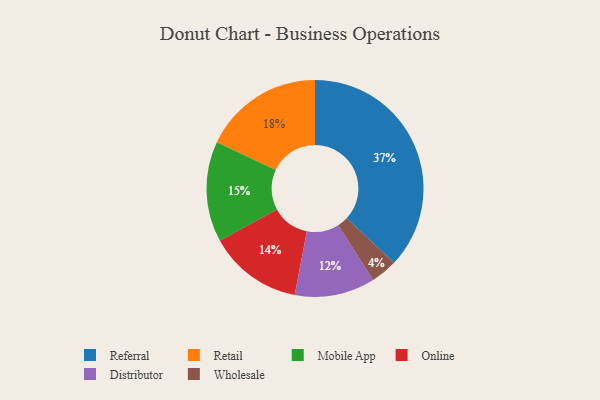
{"axis": {"x": "Category", "y": "Percentage"}, "legend": ["Distributor", "Mobile App", "Online", "Referral", "Retail", "Wholesale"], "data": [{"x": "Wholesale", "y": 4, "type": "Wholesale"}, {"x": "Retail", "y": 18, "type": "Retail"}, {"x": "Mobile App", "y": 15, "type": "Mobile App"}, {"x": "Distributor", "y": 12, "type": "Distributor"}, {"x": "Online", "y": 14, "type": "Online"}, {"x": "Referral", "y": 37, "type": "Referral"}]}